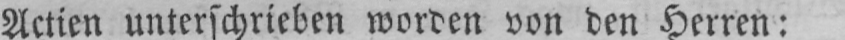
Actien unterschrieben worden von den Herren: